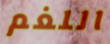
اللغم